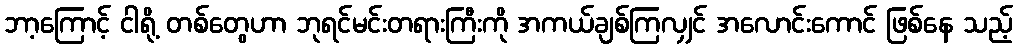
ဘာ့ကြောင့် ငါရို့ တစ်တွေဟာ ဘုရင်မင်းတရားကြီးကို အကယ်ချစ်ကြလျှင် အလောင်းကောင် ဖြစ်နေ သည့်